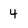
Character: 4